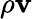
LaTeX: \rho\mathbf{v}